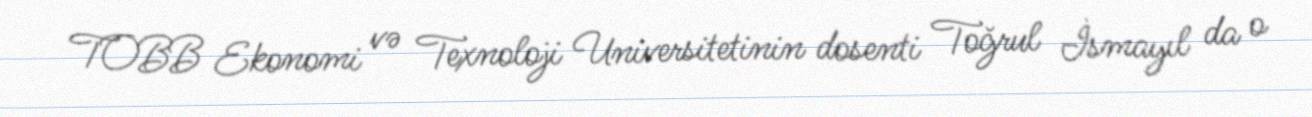
TOBB Ekonomi və Texnoloji Universitetinin dosenti Toğrul İsmayıl da o